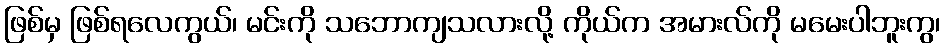
ဖြစ်မှ ဖြစ်ရလေကွယ်၊ မင်းကို သဘောကျသလားလို့ ကိုယ်က အမားလ်ကို မမေးပါဘူးကွ၊